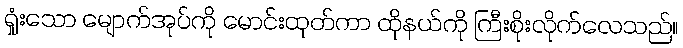
ရှုံးသော မျောက်အုပ်ကို မောင်းထုတ်ကာ ထိုနယ်ကို ကြီးစိုးလိုက်လေသည်။